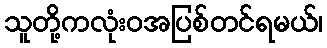
သူတို့ကလုံးဝအပြစ်တင်ရမယ်၊